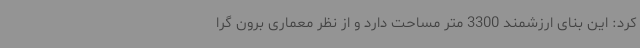
کرد: این بنای ارزشمند 3300 متر مساحت دارد و از نظر معماری برون گرا